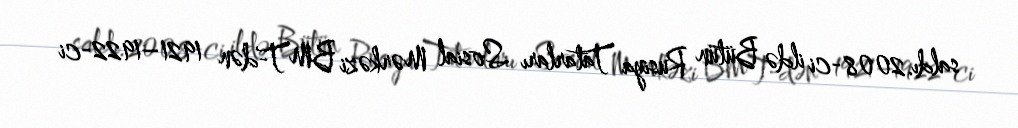
saldı.2008-ci ildə Bütün Rusiya Tatarları Sosial Mərkəzi BMT-dən 1921–1922-ci